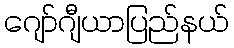
ဂျော်ဂျီယာပြည်နယ်